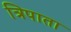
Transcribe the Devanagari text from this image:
त्रिपाता